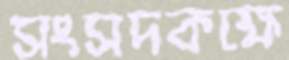
সংসদকক্ষে